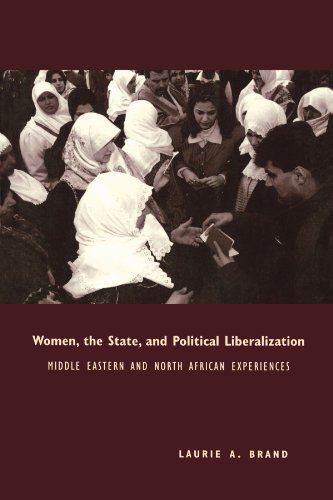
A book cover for Women, the State, and Political Liberalization; Laurie Brand; History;